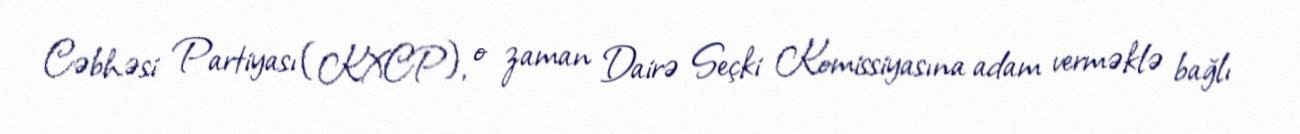
Cəbhəsi Partiyası (KXCP), o zaman Dairə Seçki Komissiyasına adam verməklə bağlı